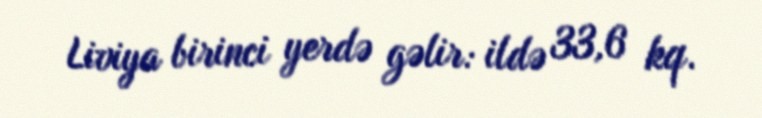
Liviya birinci yerdə gəlir: ildə 33,6 kq.